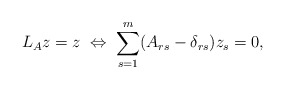
\begin{align*}L_A z = z\; \Leftrightarrow\;\sum_{s=1}^m(A_{rs} - \delta_{rs}) z_s = 0 , \end{align*}